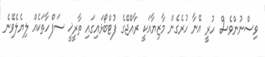
ވިސްނުންވެސް ހުރީ އޭނާ ހުރެގެން މާޒިޔާއަކީ ރާއްޖޭގެ ފުޓްބޯޅައިގައި ތާރީޚީ ސަފްހާތަކެއް ލިޔެލެވޭނެ